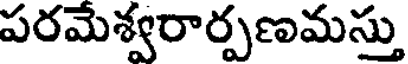
పరమేశ్వరార్పణమస్తు